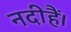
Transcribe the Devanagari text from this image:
नदीहैं।